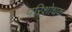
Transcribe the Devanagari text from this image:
परिशोधक